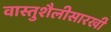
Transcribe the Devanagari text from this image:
वास्तुशैलीसारखी